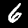
Digit: 6